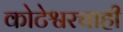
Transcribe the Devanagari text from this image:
कोटेश्वरचाही